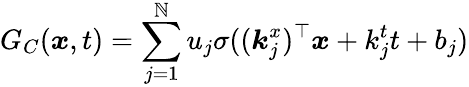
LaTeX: G_{C}(\boldsymbol{x},t)=\sum_{j=1}^{\mathbb{N}}u_{j}\sigma((\boldsymbol{k}_{j}^{x})^{\top}\boldsymbol{x}+k_{j}^{t}t+b_{j})